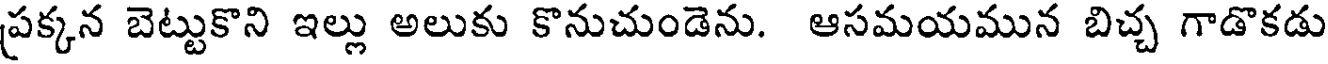
ప్రక్కన బెట్టుకొని ఇల్లు అలుకు కొనుచుండెను. ఆసమయమున బిచ్చ గాడొకడు